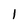
Character: 1